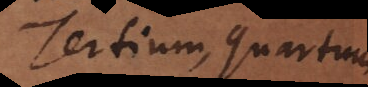
Tertium, quartum,